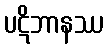
ပဋိဘာနဿ